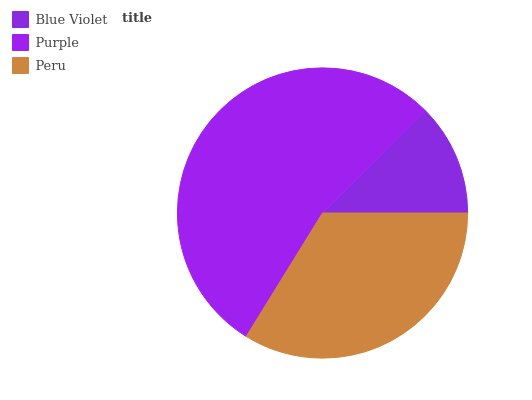
| Blue Violet | Purple | Peru |
 | --- | --- | --- |
 | 12.5% | 53.7% | 33.8% |